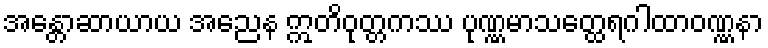
အန္တောဆာယာယ အညေန ဣတိဝုတ္တကဿ ပုဏ္ဏမာသတ္ထေရဂါထာဝဏ္ဏနာ